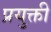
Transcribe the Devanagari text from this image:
प्रयुक्ती